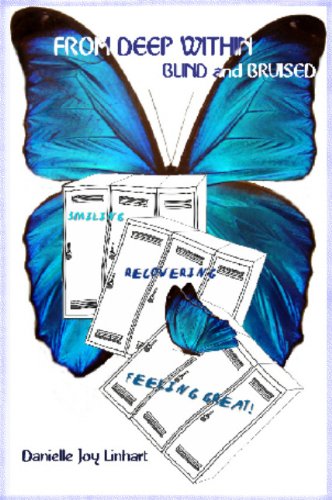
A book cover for From Deep Within; Danielle Joy Linhart; Teen & Young Adult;